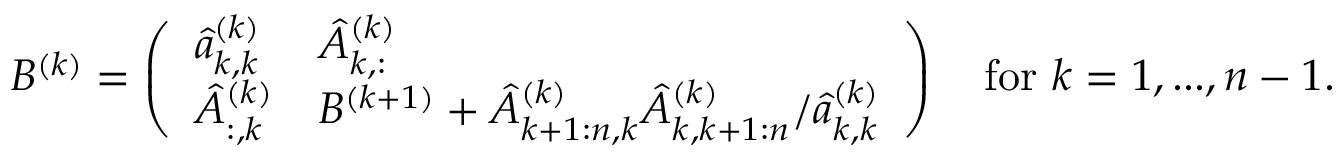
B ^ { ( k ) } = \left( \begin{array} { l l } { \hat { a } _ { k , k } ^ { ( k ) } } & { \hat { A } _ { k , : } ^ { ( k ) } } \\ { \hat { A } _ { : , k } ^ { ( k ) } } & { B ^ { ( k + 1 ) } + \hat { A } _ { k + 1 : n , k } ^ { ( k ) } \hat { A } _ { k , k + 1 : n } ^ { ( k ) } / \hat { a } _ { k , k } ^ { ( k ) } } \end{array} \right) \quad \mathrm { f o r ~ } k = 1 , . . . , n - 1 .